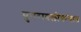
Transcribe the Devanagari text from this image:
पुनरावलोकनात